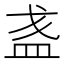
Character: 𥁘